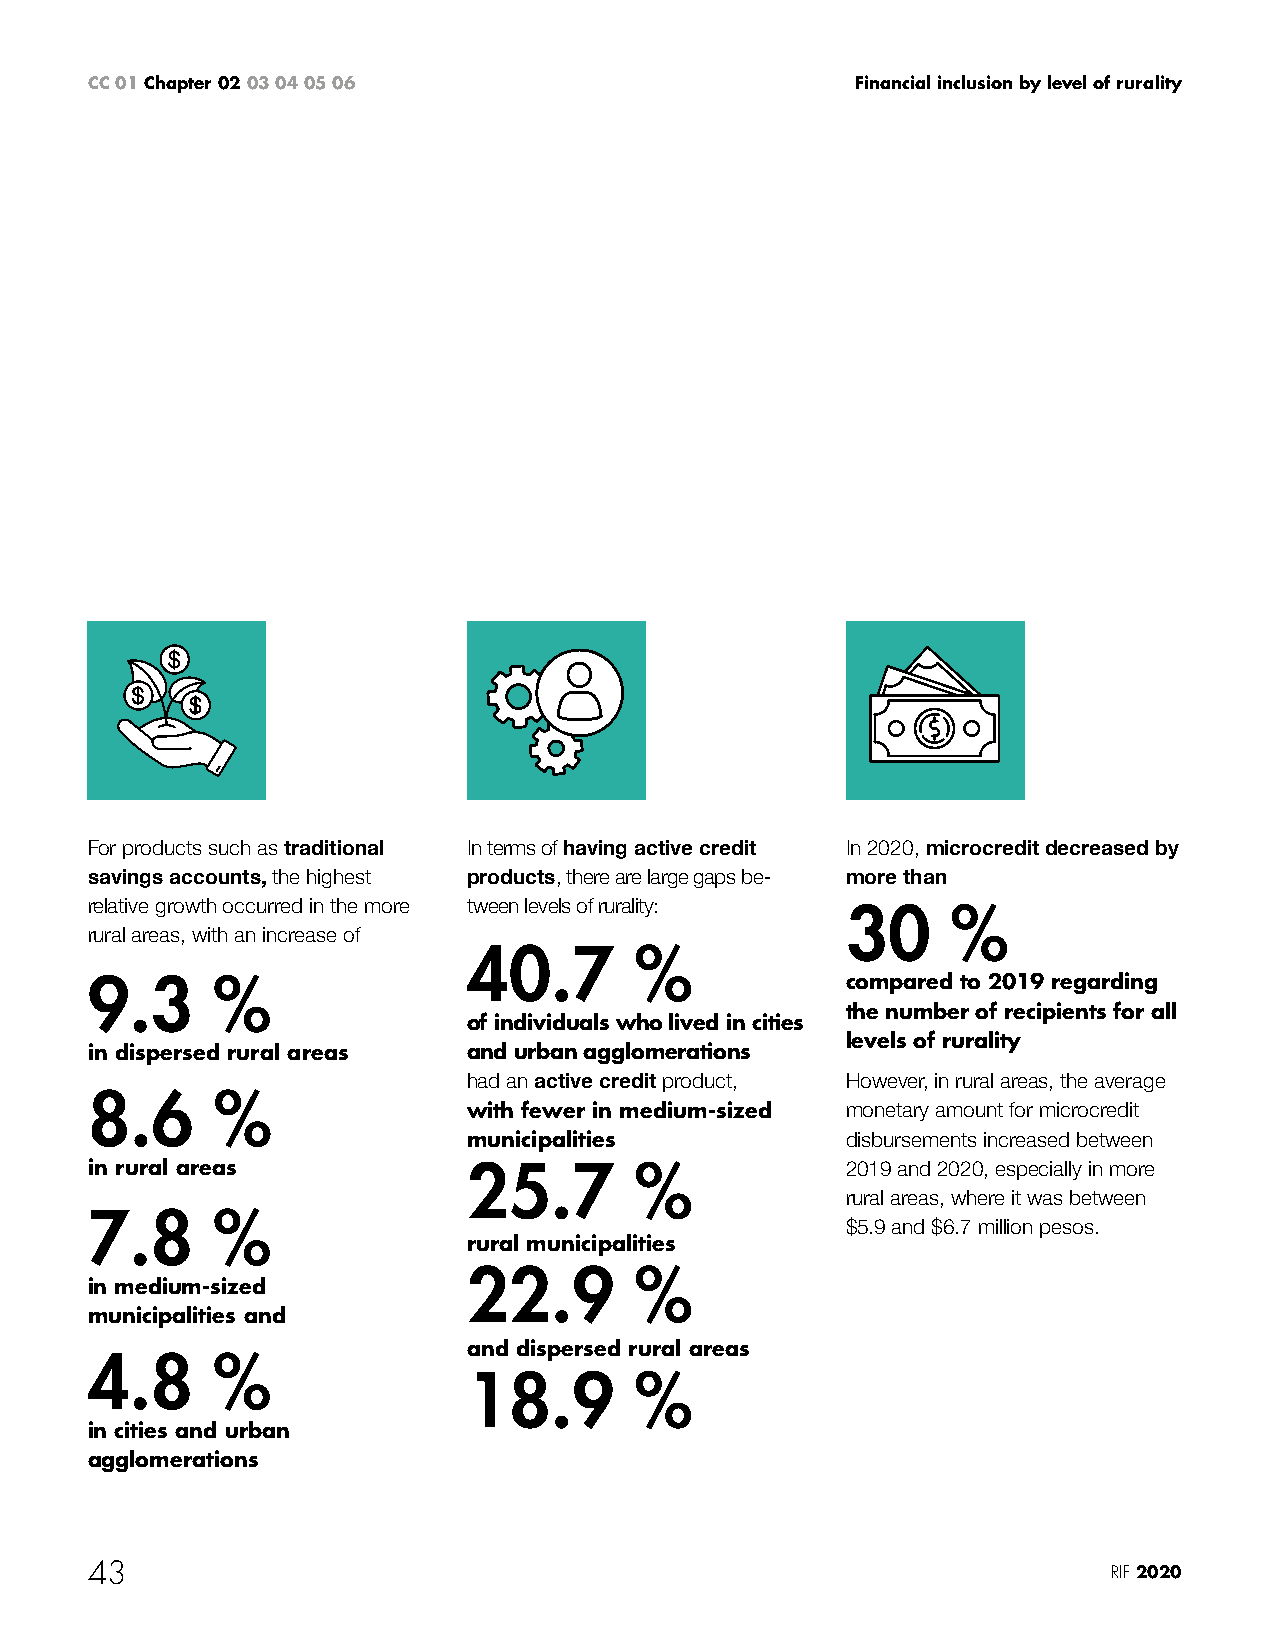
CC 01 Chapter 02 03 04 05 06                       Financial inclusion by level of rurality
 For products such as traditional In terms of having active credit In 2020, microcredit decreased by
 savings accounts, the highest products, there are large gaps be- more than
 relative growth occurred in the more tween levels of rurality:
 30     %
 rural areas, with an increase of
 40.7       %
 9.3     %                                         compared to 2019 regarding
 the number of recipients for all
 of individuals who lived in cities
 levels of rurality
 in dispersed rural areas and urban agglomerations
 had an active credit product, However, in rural areas, the average
 8.6     %
 with fewer in medium-sized monetary amount for microcredit
 municipalities           disbursements increased between
 in rural areas           25.7       %             2019 and 2020, especially in more
 rural areas, where it was between
 7.8     %
 $5.9 and $6.7 million pesos.
 rural municipalities
 22.9       %
 in medium-sized
 municipalities and
 and dispersed rural areas
 4.8     %
 18.9       %
 in cities and urban
 agglomerations
 43                                                                  RIF 2020